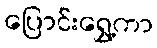
ပြောင်းရွှေ့ကာ